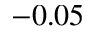
- 0 . 0 5